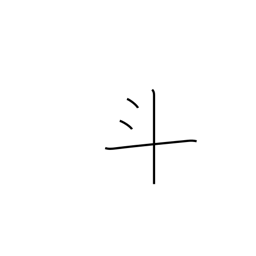
Meaning: dots and cross radical (no. 68)